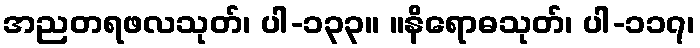
အညတရဖလသုတ်၊ ပါ-၁၃၃။ ။နိရောဓသုတ်၊ ပါ-၁၁၇၊